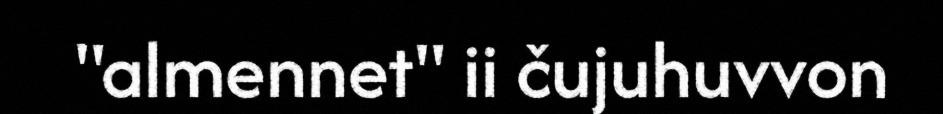
"almennet" ii čujuhuvvon